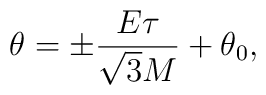
\theta = \pm \frac{E\tau}{\sqrt{3}M} + \theta_{0}   ,